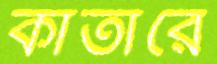
কাতারে